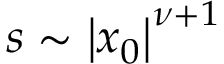
s \sim \left| x _ { 0 } \right| ^ { \nu + 1 }